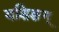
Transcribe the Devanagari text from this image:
वशिङग्